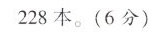
228本。(6分)我班男、女生各有男生每人捐了6本，│向灾区捐书仪式|多少人女生每人捐了8本。